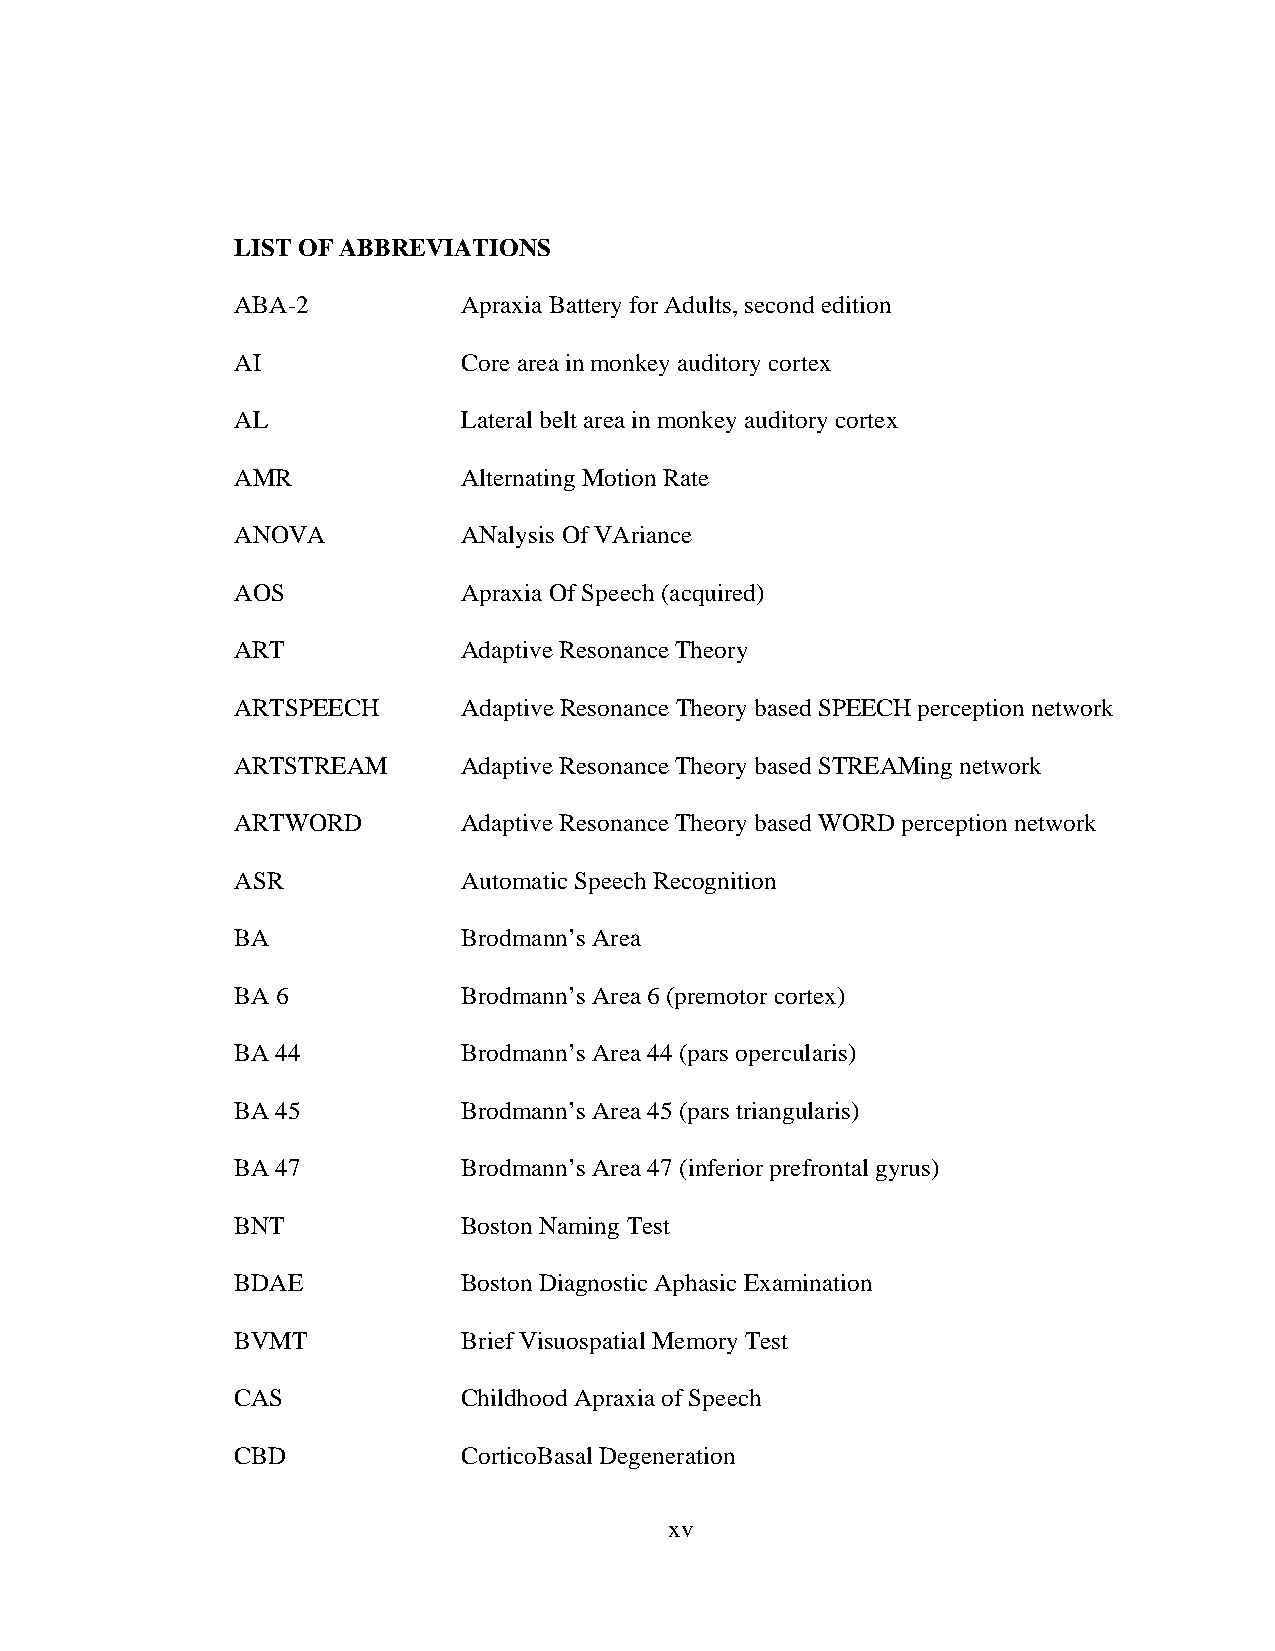
LIST OF ABBREVIATIONS
 ABA-2          Apraxia Battery for Adults, second edition
 AI             Core area in monkey auditory cortex
 AL             Lateral belt area in monkey auditory cortex
 AMR            Alternating Motion Rate
 ANOVA          ANalysis Of VAriance
 AOS            Apraxia Of Speech (acquired)
 ART            Adaptive Resonance Theory
 ARTSPEECH      Adaptive Resonance Theory based SPEECH perception network
 ARTSTREAM      Adaptive Resonance Theory based STREAMing network
 ARTWORD        Adaptive Resonance Theory based WORD perception network
 ASR            Automatic Speech Recognition
 BA             Brodmann’s Area
 BA 6           Brodmann’s Area 6 (premotor cortex)
 BA 44          Brodmann’s Area 44 (pars opercularis)
 BA 45          Brodmann’s Area 45 (pars triangularis)
 BA 47          Brodmann’s Area 47 (inferior prefrontal gyrus)
 BNT            Boston Naming Test
 BDAE           Boston Diagnostic Aphasic Examination
 BVMT           Brief Visuospatial Memory Test
 CAS            Childhood Apraxia of Speech
 CBD            CorticoBasal Degeneration
 xv